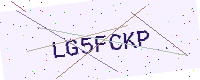
Text: LG5FCKP